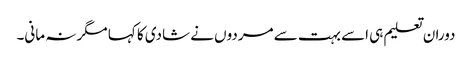
دوران تعلیم ہی اسے بہت سے مردوں نے شادی کا کہا مگر نہ مانی۔